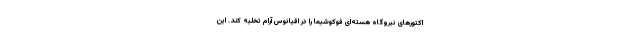
اکتورهای نیروگاه هسته‌ای فوکوشیما را در اقیانوس آرام تخلیه کند. این